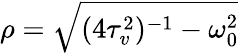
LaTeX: \rho=\sqrt{(4\tau_{v}^{2})^{-1}-\omega_{0}^{2}}